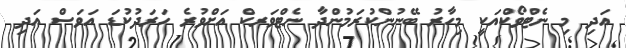
އަދި މި ނެޓްވޯކްއަކީ މިހާރު ބޭނުންކުރަމުންދާ ނެޓްވަރކް އަށްވުރެ ހަރަދުކުޑަ އަވަސް އަދި